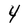
Character: Y